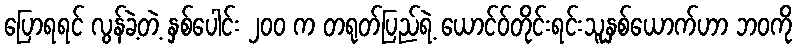
ပြောရရင် လွန်ခဲ့တဲ့ နှစ်ပေါင်း ၂၀၀ က တရုတ်ပြည်ရဲ့ ယောင်ဝ်တိုင်းရင်းသူနှစ်ယောက်ဟာ ဘဝကို